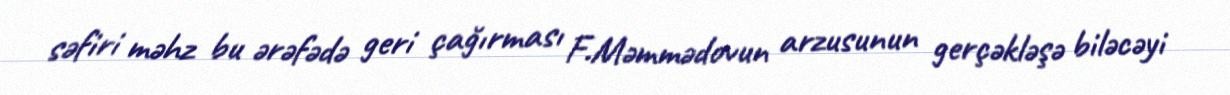
səfiri məhz bu ərəfədə geri çağırması F.Məmmədovun arzusunun gerçəkləşə biləcəyi